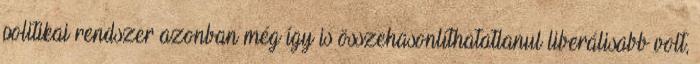
politikai rendszer azonban még így is összehasonlíthatatlanul liberálisabb volt,